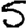
Digit: 5